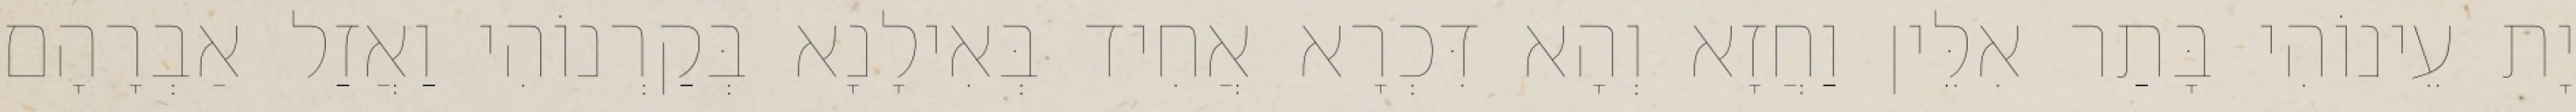
יָת עֵינוֹהִי בָּתַר אִלֵּין וַחֲזָא וְהָא דִּכְרָא אֲחִיד בְּאִילָנָא בְּקַרְנוֹהִי וַאֲזַל אַבְרָהָם